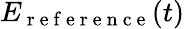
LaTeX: E_{\mathrm{~r~e~f~e~r~e~n~c~e~}}(t)